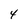
Character: 4